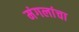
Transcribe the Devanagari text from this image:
मंगलांचा